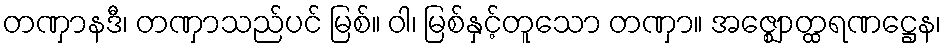
တဏှာနဒီ၊ တဏှာသည်ပင် မြစ်။ ဝါ၊ မြစ်နှင့်တူသော တဏှာ။ အဇ္ဈောတ္ထရဏဋ္ဌေန၊